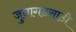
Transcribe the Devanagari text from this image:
जुनागडसाठी